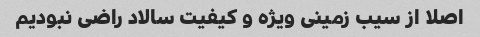
اصلا از سیب زمینی ویژه و کیفیت سالاد راضی نبودیم